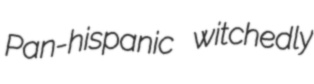
Pan-hispanic witchedly